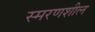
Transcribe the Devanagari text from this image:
स्मरणशील